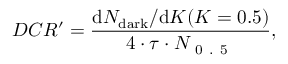
D C R ^ { \prime } = \frac { \mathrm { d } N _ { \mathrm { d a r k } } / { \mathrm { d } K } ( K = 0 . 5 ) } { 4 \cdot \tau \cdot N _ { \mathrm { ~ 0 ~ . ~ 5 ~ } } } ,